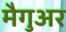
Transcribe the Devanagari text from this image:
मैगुअर